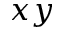
x y